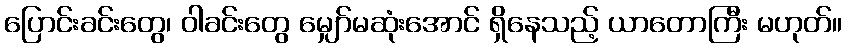
ပြောင်းခင်းတွေ၊ ဝါခင်းတွေ မျှော်မဆုံးအောင် ရှိနေသည့် ယာတောကြီး မဟုတ်။